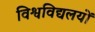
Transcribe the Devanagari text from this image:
विश्वविद्यलयों